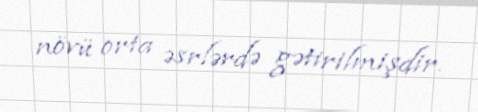
növü orta əsrlərdə gətirilmişdir.